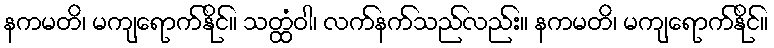
နကမတိ၊ မကျရောက်နိုင်။ သတ္ထံဝါ၊ လက်နက်သည်လည်း။ နကမတိ၊ မကျရောက်နိုင်။